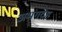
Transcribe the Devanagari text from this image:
अभंगदेह